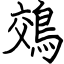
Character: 鵁